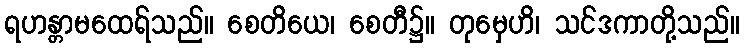
ရဟန္တာမထေရ်သည်။ စေတိယေ၊ စေတီ၌။ တုမှေဟိ၊ သင်ဒကာတို့သည်။